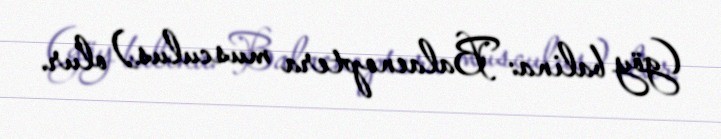
(göy balina: Balaenoptera musculus) olur.